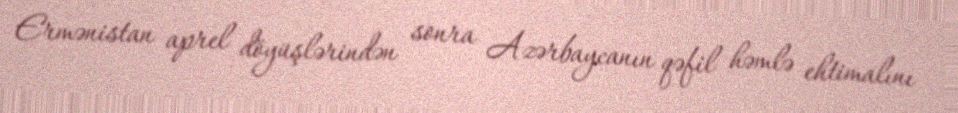
Ermənistan aprel döyüşlərindən sonra Azərbaycanın qəfil həmlə ehtimalını